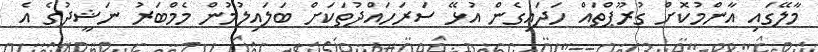
މާލޭގައި އާންމުކޮށް ގުރޫޕްތައް ހަދައިގެން އުޅޭ ސަރަހައްދުތަކަށް ބަލައިލުމުން މެމްބަރު ނަޝީދުގެ އެ